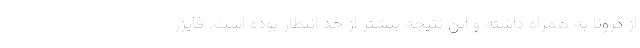
از کرونا به همراه داشته و این نتیجه بیشتر از حد انتظار بوده است. فایزر